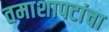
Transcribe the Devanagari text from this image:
तमाशापटांचा